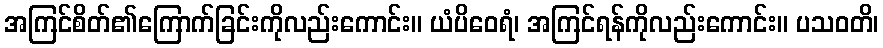
အကြင်စိတ်၏ကြောက်ခြင်းကိုလည်းကောင်း။ ယံပိဝေရံ၊ အကြင်ရန်ကိုလည်းကောင်း။ ပသဝတိ၊